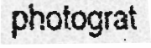
photograt